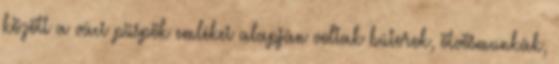
között a váci püspök emlékei alapján voltak bútorok, ötvösmunkák,